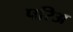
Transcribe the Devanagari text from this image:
परिअ